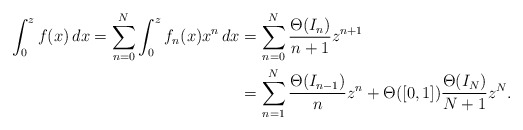
\begin{align*}\int_0^z f(x)\,dx=\sum_{n=0}^N\int_0^zf_n(x)x^n\,dx&=\sum_{n=0}^N\frac{\Theta(I_n)}{n+1}z^{n+1}\\&=\sum_{n=1}^N\frac{\Theta(I_{n-1})}{n}z^n+\Theta([0,1])\frac{\Theta(I_N)}{N+1}z^N.\end{align*}